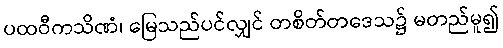
ပထဝီကသိဏံ၊ မြေသည်ပင်လျှင် တစိတ်တဒေသ၌ မတည်မူ၍